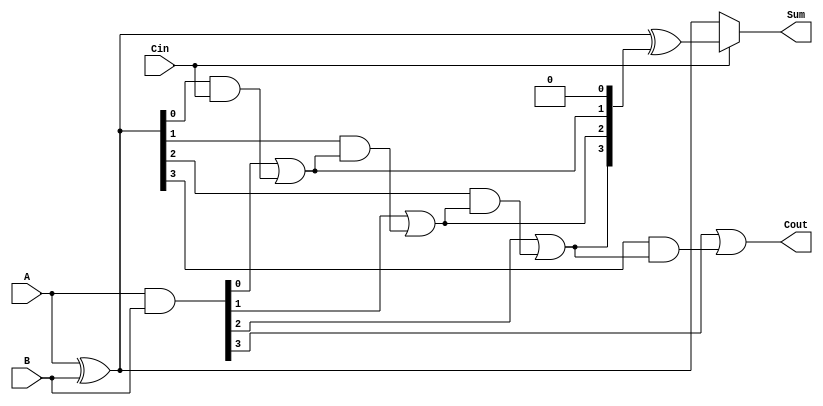
module CSPA_4bit (
    input  [3:0] A,   // First input
    input  [3:0] B,   // Second input
    input        Cin,  // Carry input
    output [3:0] Sum,  // Sum output
    output       Cout   // Carry output
);
    
    wire [3:0] G;  // Generate signals
    wire [3:0] P;  // Propagate signals
    wire [4:0] C;  // Carry outputs
    
    // Generate and Propagate signals computation
    assign G = A & B;        // Generate: G[i] = A[i] & B[i]
    assign P = A ^ B;        // Propagate: P[i] = A[i]  B[i]
    
    // Carry computation using prefix structure
    assign C[0] = Cin;            // C[0] is the incoming carry Cin
    assign C[1] = G[0] | (P[0] & C[0]); // C[1] using G[0] and P[0]
    assign C[2] = G[1] | (P[1] & C[1]); // C[2] using G[1] and P[1]
    assign C[3] = G[2] | (P[2] & C[2]); // C[3] using G[2] and P[2]
    assign C[4] = G[3] | (P[3] & C[3]); // C[4] using G[3] and P[3]
    
    // Sum calculation:
    wire [3:0] Sum0;  // Sum outputs when Cin = 0
    wire [3:0] Sum1;  // Sum outputs when Cin = 1
    
    assign Sum0 = A ^ B;            // Sum when Cin = 0
    assign Sum1 = Sum0 ^ {C[3:1], 1'b0}; // Sum when Cin = 1 (Carry in is 1)
    
    // Selection of sum based on Cin
    assign Sum = (Cin == 1'b0) ? Sum0 : Sum1;

    // Carry out
    assign Cout = C[4]; // Final carry out

endmodule